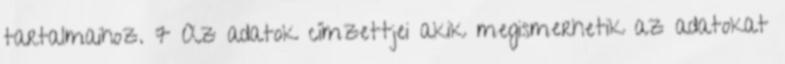
tartalmaihoz. 7 Az adatok címzettjei akik megismerhetik az adatokat